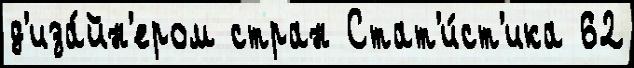
д'иза́йн'ером стран Стат'и́ст'ика 62